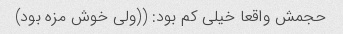
حجمش واقعا خیلی کم بود: ((ولی خوش مزه بود)